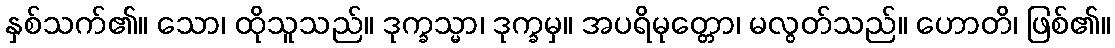
နှစ်သက်၏။ သော၊ ထိုသူသည်။ ဒုက္ခသ္မာ၊ ဒုက္ခမှ။ အပရိမုတ္တော၊ မလွတ်သည်။ ဟောတိ၊ ဖြစ်၏။